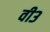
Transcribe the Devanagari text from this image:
वी३